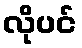
လိုပင်